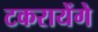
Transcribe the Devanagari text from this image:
टकरायेंगे